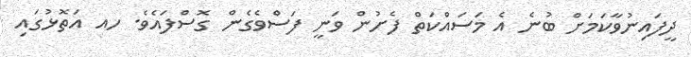
ދީފައިނުވާކަމަށް ބުނެ އެ މަސައްކަތް ފެށުން ވަނީ ފަސްވެގެން ގޮސްފައެވެ. ހއ އަތޮޅުގައި